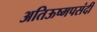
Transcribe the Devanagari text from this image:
अतिऊष्मपसंदी